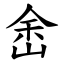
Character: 峹